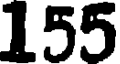
155